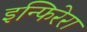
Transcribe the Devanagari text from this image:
इन्फिरेरा